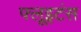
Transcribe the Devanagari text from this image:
फ्लूइटंस